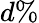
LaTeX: d\%